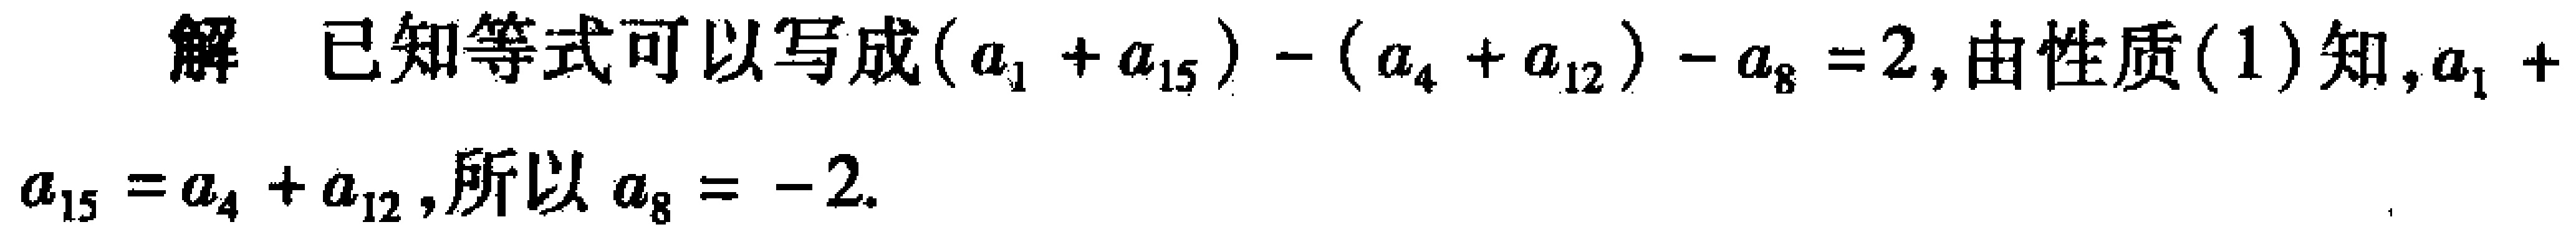
解 已知等式可以写成\((a_{1}+a_{15}) - (a_{4}+a_{12})-a_{8}=2\)，由性质(1)知，\(a_{1}+a_{15}=a_{4}+a_{12}\)，所以\(a_{8}=-2\).